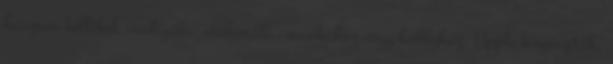
hasznos kellékek irodájába, otthonába, munkához vagy hobbyhoz. Apple kiegészítők,